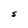
Character: S